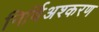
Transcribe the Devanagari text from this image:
निर्बिअश्करण